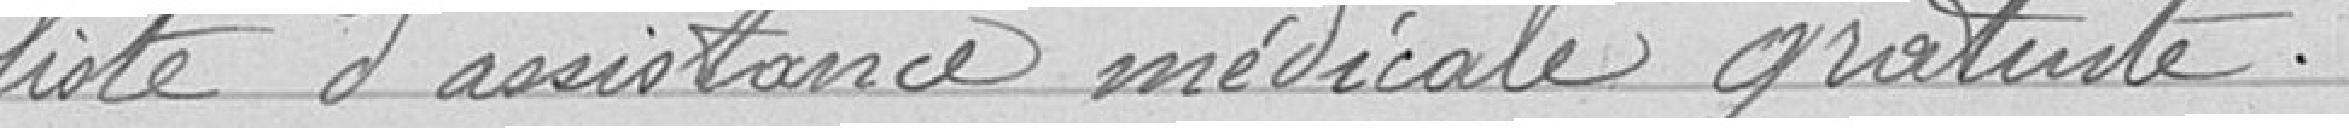
liste d'assistance médicale gratuite.